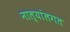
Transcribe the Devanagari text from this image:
नाल्यांलगत